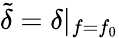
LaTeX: \tilde{\delta}=\delta|_{f=f_{0}}